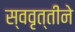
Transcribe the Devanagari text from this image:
स्ववृत्तीने